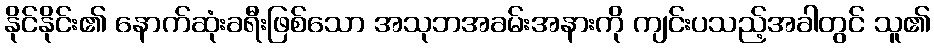
နိုင်နိုင်း၏ နောက်ဆုံးခရီးဖြစ်သော အသုဘအခမ်းအနားကို ကျင်းပသည့်အခါတွင် သူ၏